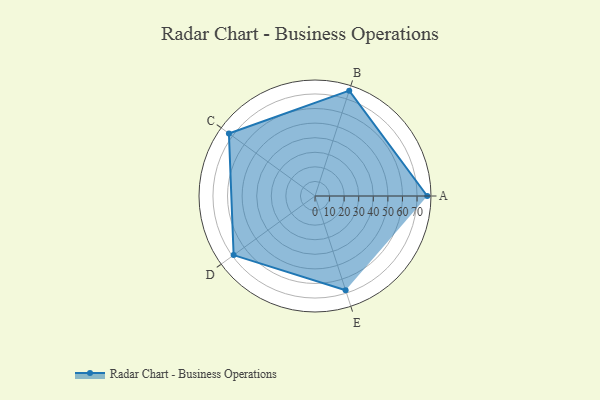
{"axis": {"x": "Skill", "y": "Score"}, "legend": ["Profile"], "data": [{"x": "A", "y": 77.0, "type": "Profile"}, {"x": "B", "y": 76.0, "type": "Profile"}, {"x": "C", "y": 73.0, "type": "Profile"}, {"x": "D", "y": 69.0, "type": "Profile"}, {"x": "E", "y": 68.0, "type": "Profile"}]}